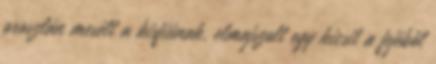
oroszlán mesélt a kisfiúnak, elmajszolt egy kicsit a fejéből